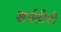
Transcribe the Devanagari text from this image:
शर्यतीची